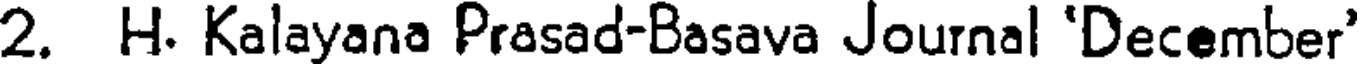
2. H. Kalayana Prasad-Basava Journal 'December